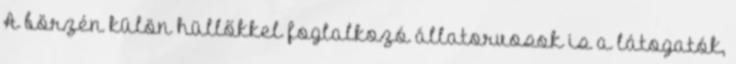
A börzén külön hüllőkkel foglalkozó állatorvosok is a látogatók,